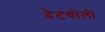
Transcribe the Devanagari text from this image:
देटचोली